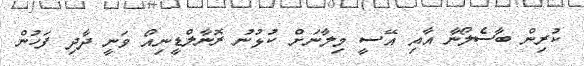
ކުރިން ބާސެލޯނާ އާއި އޭސީ މިލާނަށް ކުޅުނު ރޮނާލްޑީނިއޯ ވަނީ ދާދި ފަހުން